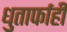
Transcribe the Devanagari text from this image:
धुतार्फाही